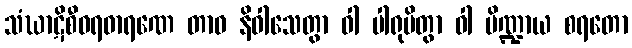
သံဃာဋိစီဝရဓာရဏေ တာဝ နိဝါသေတွာ ဝါ ပါရုပိတွာ ဝါ ပိဏ္ဍာယ စရတော